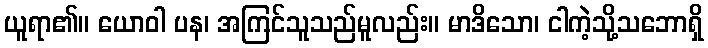
ယူရာ၏။ ယောဝါ ပန၊ အကြင်သူသည်မူလည်း။ မာဒိသော၊ ငါကဲ့သို့သဘောရှိ